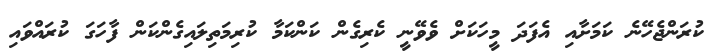
ކުރަންޖެހޭނެ ކަމަށާއި އެފަދަ މީހަކަށް ވެވޭނީ ކެރިގެން ކަންކަމާ ކުރިމަތިލައިގެންކަން ފާހަގަ ކުރައްވައި